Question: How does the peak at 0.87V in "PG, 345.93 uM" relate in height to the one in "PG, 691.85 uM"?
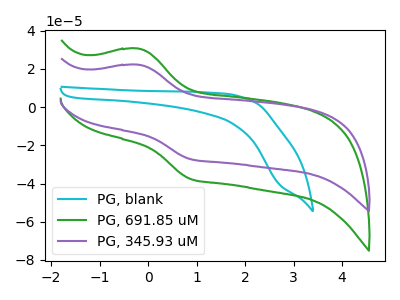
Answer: <think>The cyan curve "PG, blank" has no peaks. The green curve "PG, 691.85 uM" has an anodic peak at (-0.20V, 30.60uA) and a cathodic peak at (0.85V, -37.60uA). The purple curve "PG, 345.93 uM" has an anodic peak at (-0.20V, 22.15uA) and a cathodic peak at (0.85V, -27.20uA).</think>
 <answer>The peak at 0.87V is lower in "PG, 345.93 uM" than in "PG, 691.85 uM".</answer>
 <eval>lower</eval>